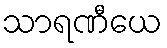
သာရဏီယေ